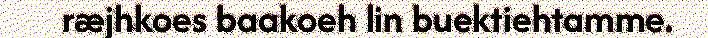
ræjhkoes baakoeh lin buektiehtamme.